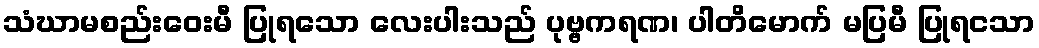
သံဃာမစည်းဝေးမီ ပြုရသော လေးပါးသည် ပုဗ္ဗကရဏ၊ ပါတိမောက် မပြမီ ပြုရငသာ